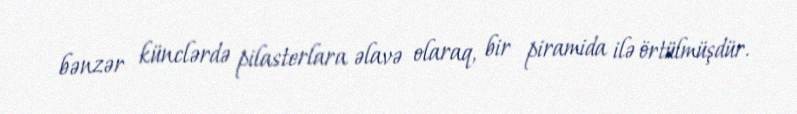
bənzər künclərdə pilasterlara əlavə olaraq, bir piramida ilə örtülmüşdür.